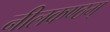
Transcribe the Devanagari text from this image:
नीलकण्ठम्